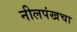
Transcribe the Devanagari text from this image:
नीलपंखचा